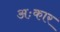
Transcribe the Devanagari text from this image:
अःकार